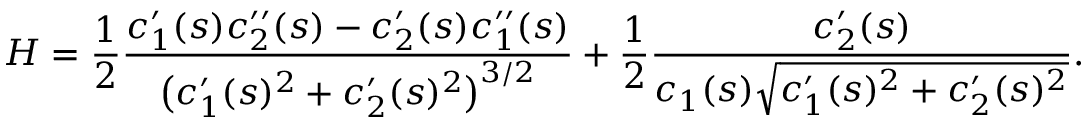
H = { \frac { 1 } { 2 } } { \frac { c _ { 1 } ^ { \prime } ( s ) c _ { 2 } ^ { \prime \prime } ( s ) - c _ { 2 } ^ { \prime } ( s ) c _ { 1 } ^ { \prime \prime } ( s ) } { { \big ( } c _ { 1 } ^ { \prime } ( s ) ^ { 2 } + c _ { 2 } ^ { \prime } ( s ) ^ { 2 } { \big ) } ^ { 3 / 2 } } } + { \frac { 1 } { 2 } } { \frac { c _ { 2 } ^ { \prime } ( s ) } { c _ { 1 } ( s ) { \sqrt { c _ { 1 } ^ { \prime } ( s ) ^ { 2 } + c _ { 2 } ^ { \prime } ( s ) ^ { 2 } } } } } .